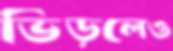
ভিড়লেও